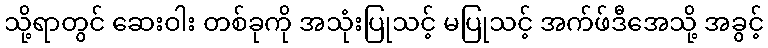
သို့ရာတွင် ဆေးဝါး တစ်ခုကို အသုံးပြုသင့် မပြုသင့် အက်ဖ်ဒီအေသို့ အခွင့်